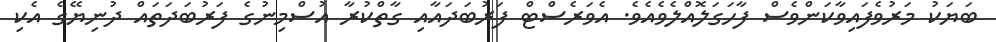
ބަޔަކު މަރުވެފައިވާކަންވެސް ފާހަގަލޮއްލެވެއެވެ. އެވަރެސްޓް ފަރުބަދައާއި ގާތްކުރާ އުސްމިނުގެ ފަރުބަދަތައް ދުނިޔޭގެ އެކި